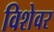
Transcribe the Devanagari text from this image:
विशेवर